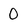
Character: 0